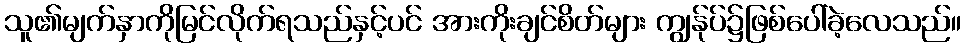
သူ၏မျက်နှာကိုမြင်လိုက်ရသည်နှင့်ပင် အားကိုးချင်စိတ်များ ကျွန်ုပ်၌ဖြစ်ပေါ်ခဲ့လေသည်။